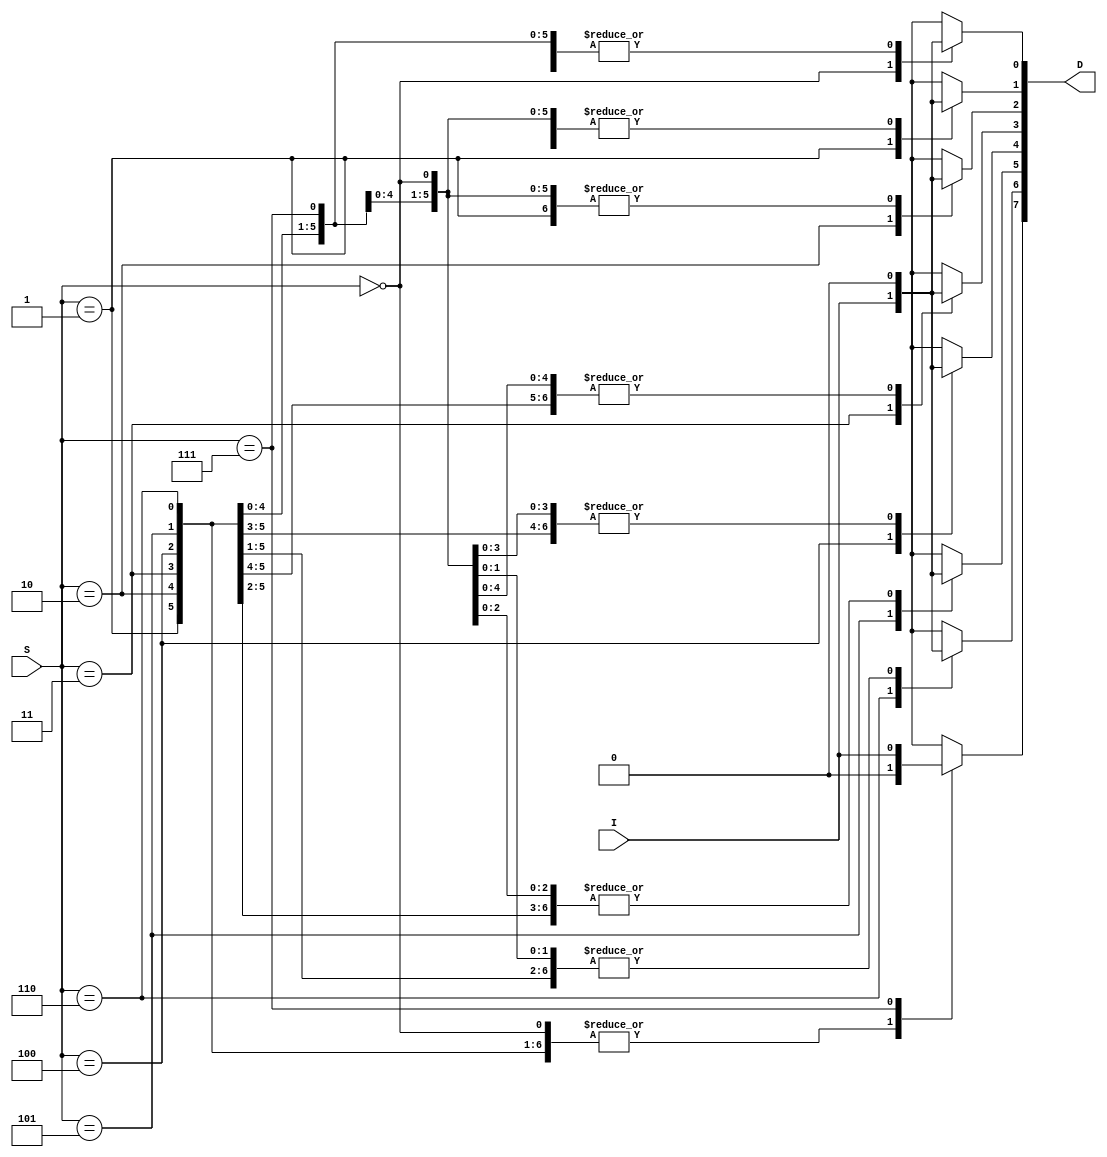
module demux1_8(I,S,D);
input I;
input [2:0] S;
output [7:0]D;
reg [7:0]D;
always @(I,S)
begin
D=8'd0;
 case (S)
 3'd0 : D[0]=I;
 3'd1 : D[1]=I;
 3'd2 : D[2]=I;
 3'd3 : D[3]=I;
 3'd4 : D[4]=I;
 3'd5 : D[5]=I;
 3'd6 : D[6]=I;
 3'd7 : D[7]=I;
default: D=8'B00000000;
endcase
end
endmodule
module demux1_8_tb;
wire[7:0]D;
reg I;
reg[2:0]S;
demux1_8 name(.D(D), .I(I), .S(S));
initial
begin
S=3'b000;
I=1'b1;
#45 $finish;
end
always@(S)
   $monitor( "time =%0t \t INPUT VALUES: \t I=%b S=%b \t output value D =%b" ,$time,I,S,D);
always #6 S=S+3'b001;
endmodule